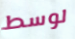
لوسط